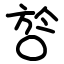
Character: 㫈